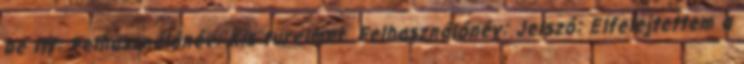
be itt: Felhasználónév: Kis türelmet. Felhasználónév: Jelszó: Elfelejtettem a